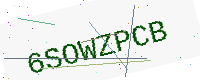
Text: 6SOWZPCB